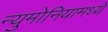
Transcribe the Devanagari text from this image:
न्युमोनियामध्ये